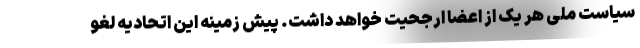
سیاست ملی هر یک از اعضا ارجحیت خواهد داشت. پیش زمینه این اتحادیه لغو